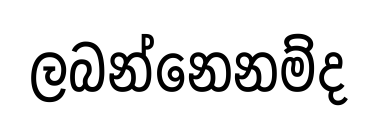
ලබන්නෙනම්ද